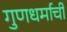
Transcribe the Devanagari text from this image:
गुणधर्माची